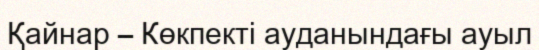
Қайнар – Көкпекті ауданындағы ауыл